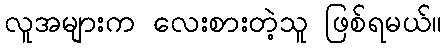
လူအများက လေးစားတဲ့သူ ဖြစ်ရမယ်။